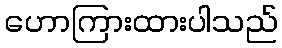
ဟောကြားထားပါသည်